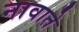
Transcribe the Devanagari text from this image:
नावाते